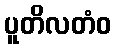
ပူတိလတံဝ